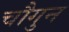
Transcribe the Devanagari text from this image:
चौगुन